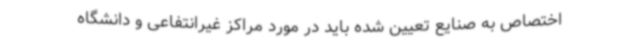
اختصاص به صنایع تعیین شده باید در مورد مراکز غیرانتفاعی و دانشگاه